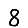
Digit: 8